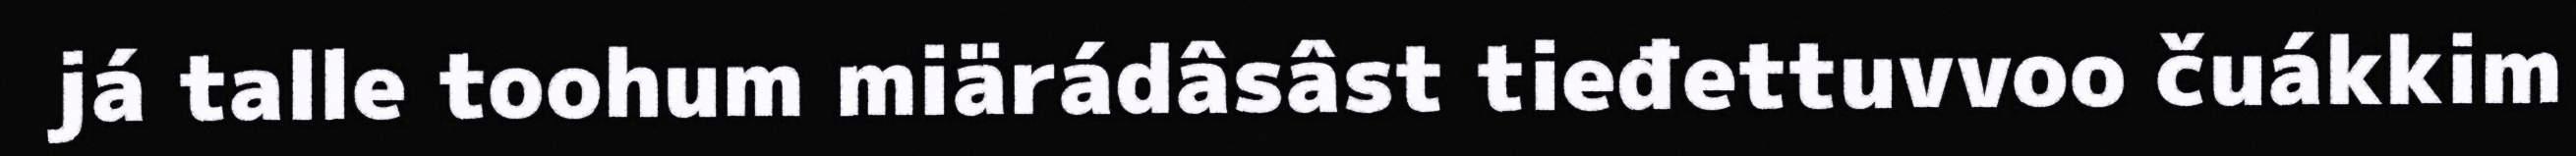
já talle toohum miärádâsâst tieđettuvvoo čuákkim